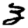
Digit: 3